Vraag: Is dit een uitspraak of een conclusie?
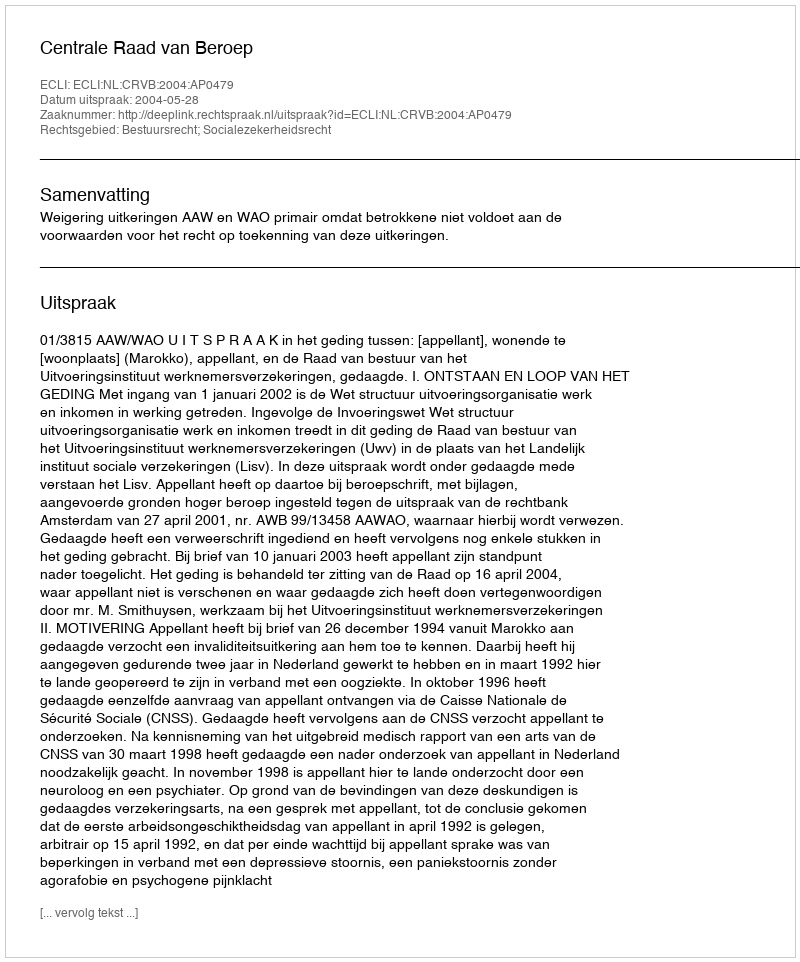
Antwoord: Uitspraak